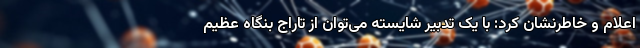
اعلام و خاطرنشان کرد: با یک تدبیر شایسته می‌توان از تاراج بنگاه عظیم